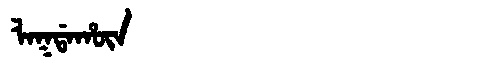
Manchu: ᠯᠠᡴᡩᠠᡥᡡᠨ
Romanization: LAKDAHŪN